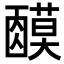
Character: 𬞿